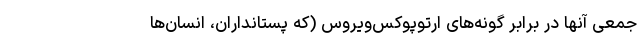
جمعی آنها در برابر گونه‌های ارتوپوکس‌ویروس (که پستانداران، انسان‌ها